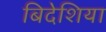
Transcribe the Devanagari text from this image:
बिदेशिया